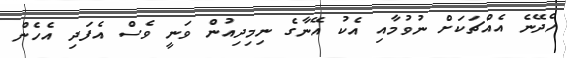
ހެދޭނެ އެއްޗަކަށް ނުވުމާއި އެކު އޭނާގެ ނިމިދިއުން ވަނީ ވެސް އެފަދި އެހެން